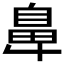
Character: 𮮴